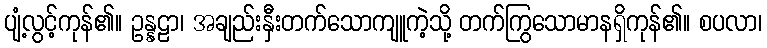
ပျံ့လွင့်ကုန်၏။ ဥန္နဠာ၊ အချည်းနှီးတက်သောကျူကဲ့သို့ တက်ကြွသောမာနရှိကုန်၏။ စပလာ၊